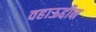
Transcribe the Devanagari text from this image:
वहाऊद्दीन